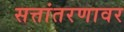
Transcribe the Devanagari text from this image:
सत्तांतरणावर